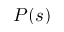
P ( s )